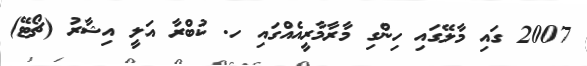
2007 ގައި މާލޭގައި ހިންގި މާރާމާރީއެއްގައި ހ. ކުބްރާ އަލީ އިޝާރު (ޗޯޓޭ)